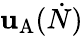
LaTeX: \mathbf{u}_{\mathrm{{A}}}(\dot{{N}})